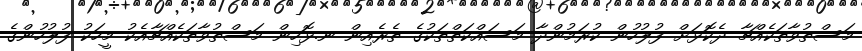
މަސްތުވާތަކެއްޗާ ދެކޮޅަށް ފުލުހުން ކުރަމުންދާ މަސައްކަތްތަކުގެ ތެރެއިން ނ.ޅޮހިން މަސްތުވާތަކެއްޗާއެކު މީހަކު ފުލުހުންގެ